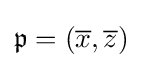
{\mathfrak {p}}=({\overline {x}},{\overline {z}})